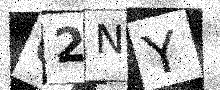
Text: Q2NY